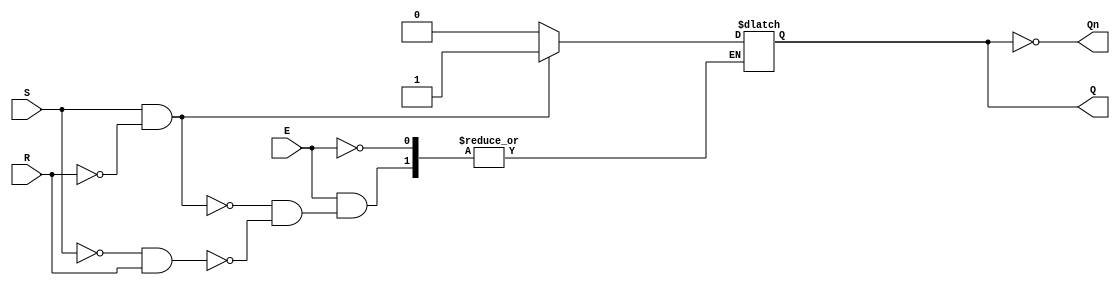
module gated_sr_latch (
    input wire S,      // Set input
    input wire R,      // Reset input
    input wire E,      // Enable input
    output reg Q,      // Output Q
    output wire Qn     // Complementary output Q'
);

    // Qn is the inverse of Q
    assign Qn = ~Q;

    always @(E or S or R) begin
        if (E) begin
            if (S && !R) begin
                Q <= 1'b1;  // Set Q to 1
            end else if (!S && R) begin
                Q <= 1'b0;  // Reset Q to 0
            end else if (S && R) begin
                // Invalid state: maintain previous state (no change)
                // Q remains the same
            end
            // Case of E=1, S=0, R=0: maintain previous state (no change)
        end
        // When E is low, do nothing and maintain the current state
    end

endmodule